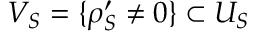
V _ { S } = \{ \rho _ { S } ^ { \prime } \neq 0 \} \subset U _ { S }